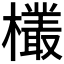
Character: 𬅆